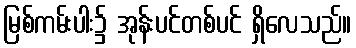
မြစ်ကမ်းပါး၌ အုန်းပင်တစ်ပင် ရှိလေသည်။